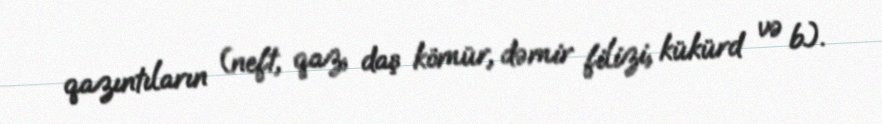
qazıntıların (neft, qaz, daş kömür, dəmir filizi, kükürd və b.).